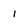
Character: 1